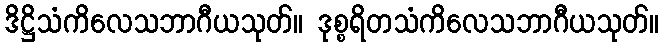
ဒိဋ္ဌိသံကိလေသဘာဂီယသုတ်။ ဒုစ္စရိတသံကိလေသဘာဂီယသုတ်။